Indian journal of veterinary science and animal husbandry - Volumes 26-27, 1956-1957
Year: 1956
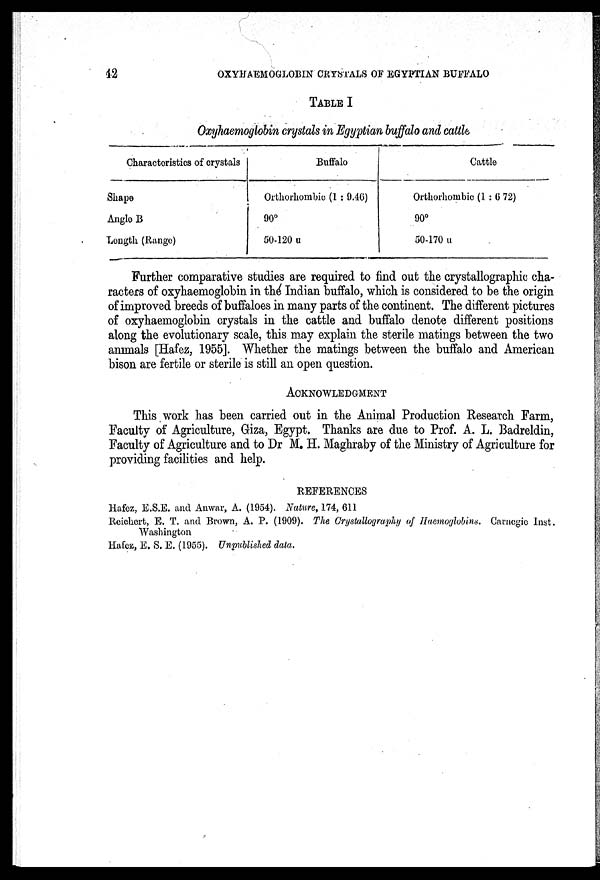
12
OXYHEMOGLOBIN CRYSTALS OF EGYPTIAN BUFFALO
TABLE I
Oxyhaemoglobin crystals in Egyptian buffalo and cattle
Characteristics of crystals
Shape
Anglo B
Length (Range)
Buffalo
Orthorhombie (1 : 9.46)
90°
50-120 u
Cattle
Orthorhombic (1 : 6 72)
90°
50-170 u
Further comparative studies are required to find out the crystallographic cha-
racters of oxyhaemoglobin in the Indian buffalo, which is considered to be the origin
of improved breeds of buffaloes in many parts of the continent. The different pictures
of oxyhaemoglobin crystals in the cattle and buffalo denote different positions
along the evolutionary scale, this may explain the sterile matings between the two
animals [Hafez, 1955]. Whether the matings between the buffalo and American
bison are fertile or sterile is still an open question.
ACKNOWLEDGMENT
This work has been carried out in the Animal Production Research Farm,
Faculty of Agriculture, Giza, Egypt. Thanks are due to Prof. A. L. Badreldin,
Faculty of Agriculture and to Dr M. H. Maghraby of the Ministry of Agriculture for
providing facilities and help.
REFERENCES
Hafez, E.S.E. and Anwar, A. (1954). Nature, 174, 611
Reichert, E. T. and Brown, A. P. (1909). The Crystallography of Haemoglobins. Carnegie Inst.
Washington
Hafez, E. S. E. (1955). Unpublished data.